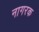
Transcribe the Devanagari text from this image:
नागरक